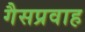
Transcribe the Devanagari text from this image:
गैसप्रवाह